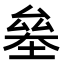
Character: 𠬁